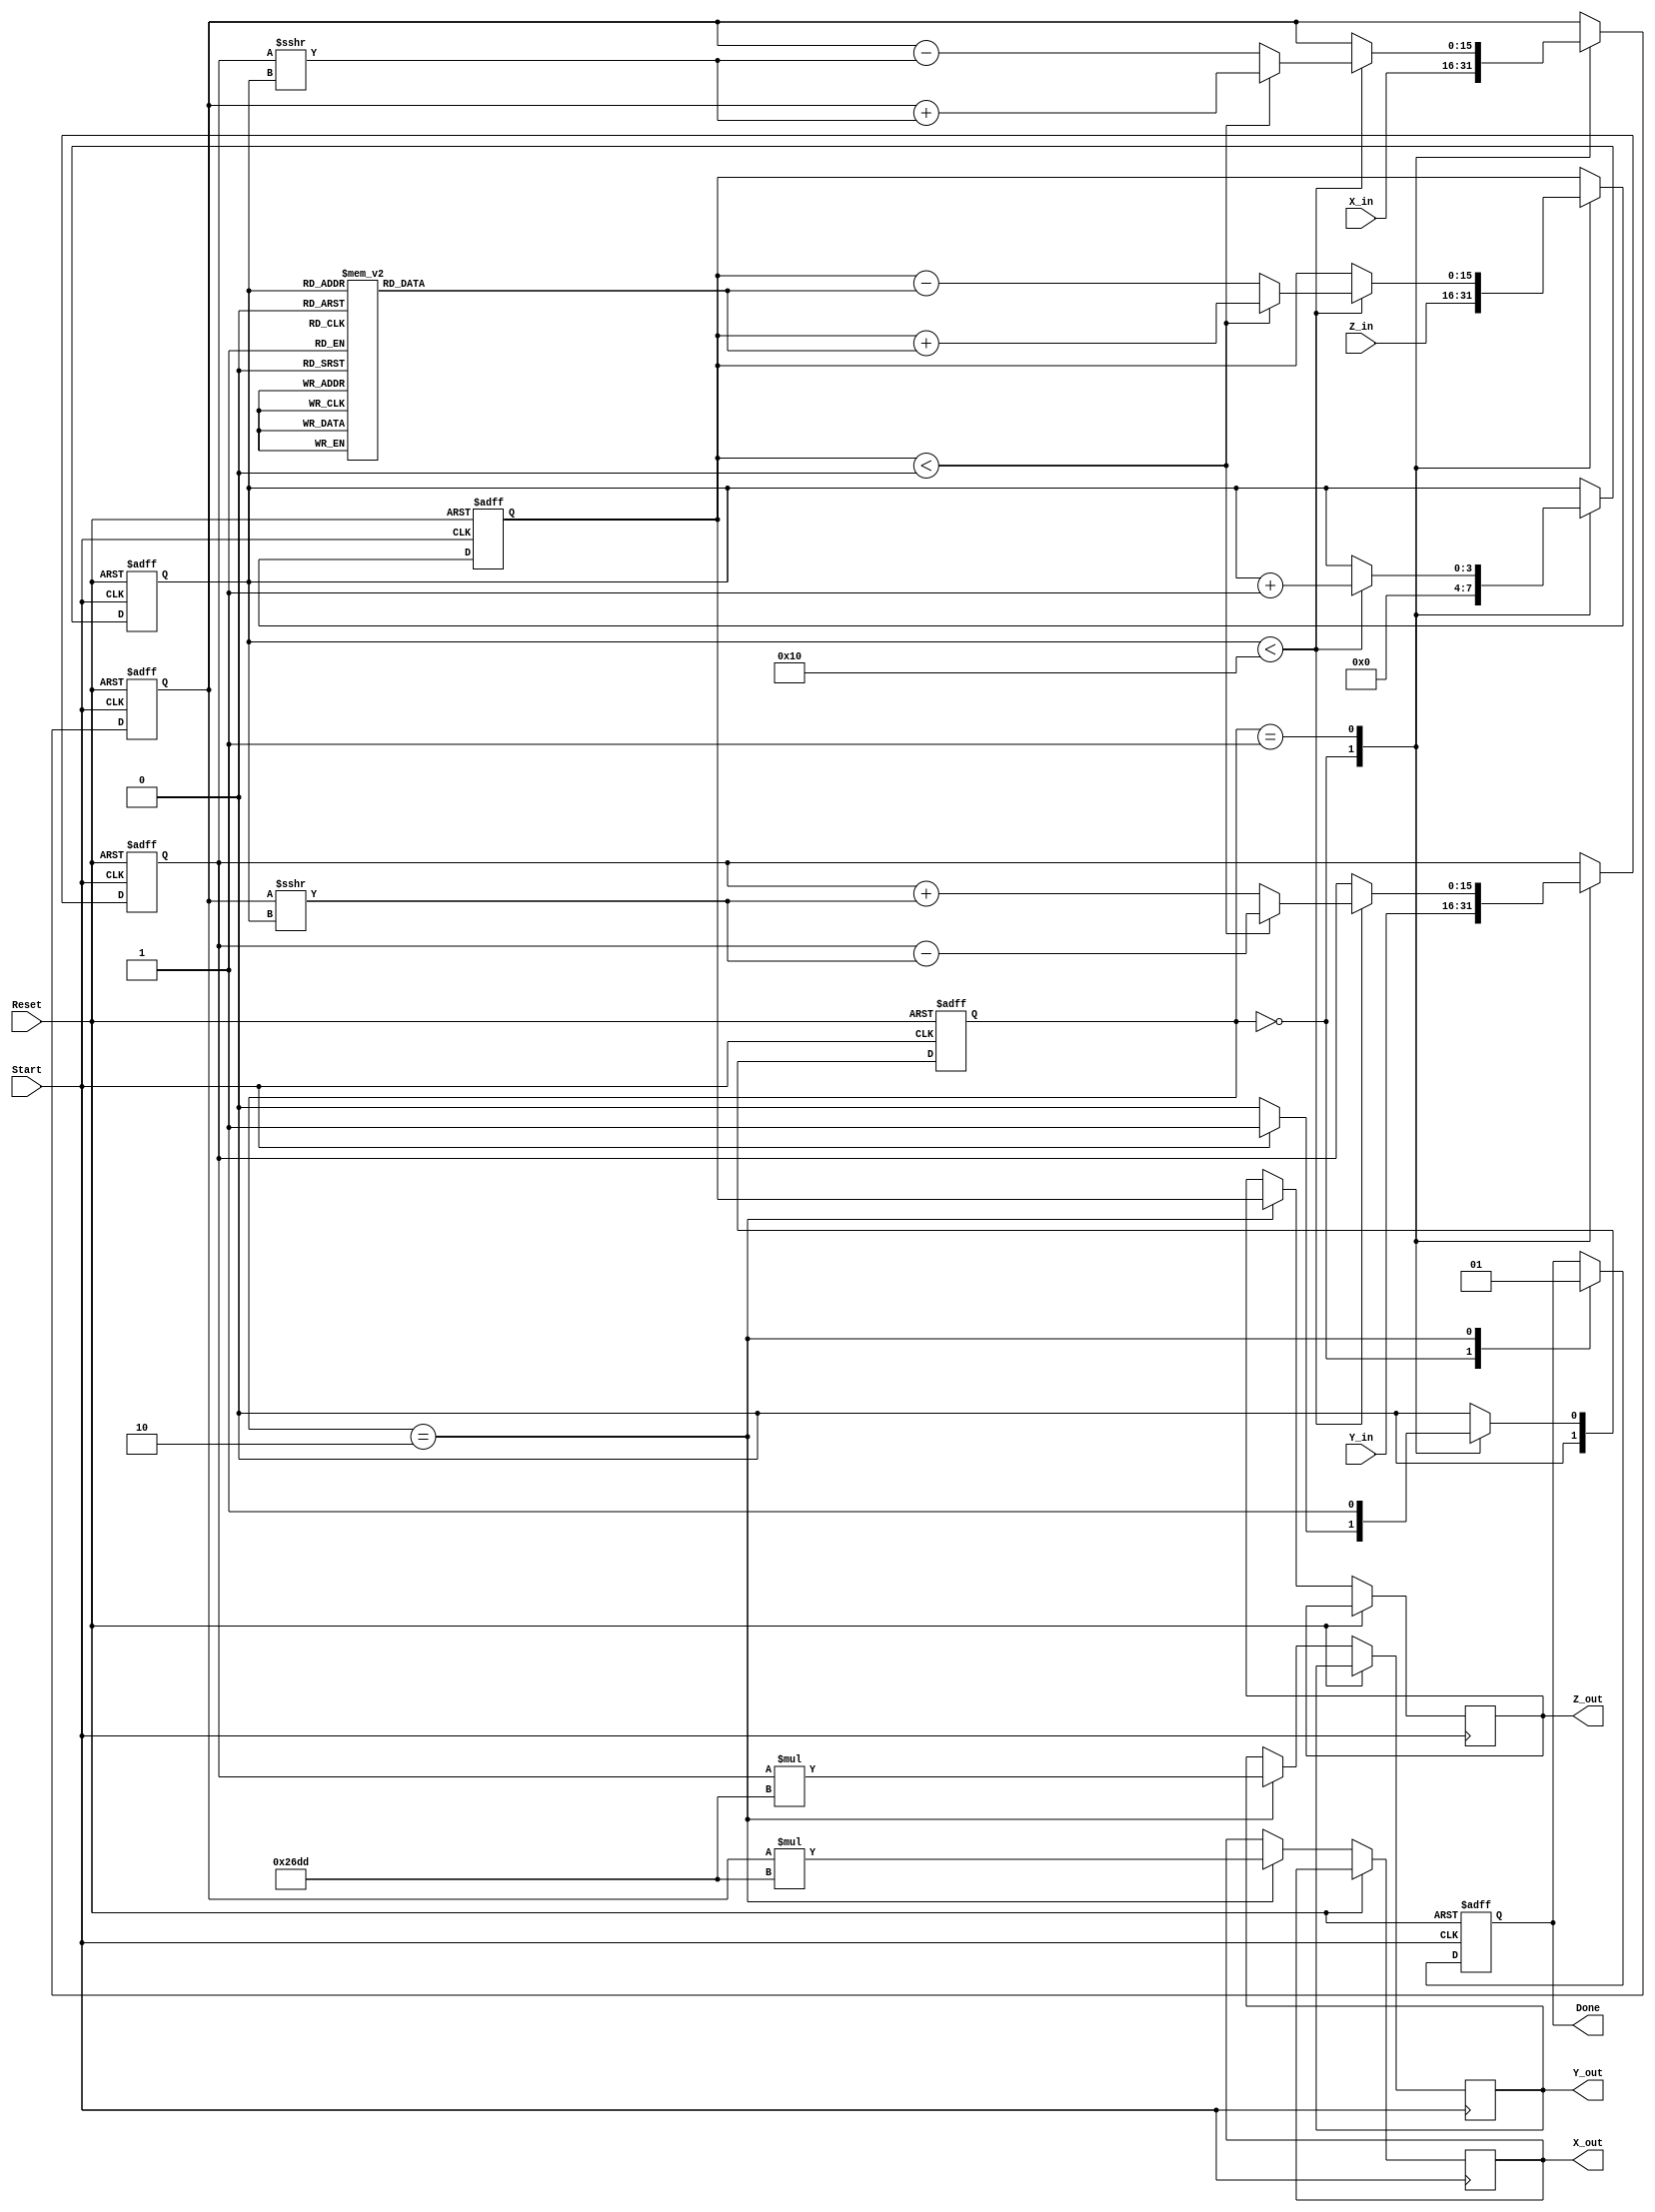
module cordic_2d (
    input wire signed [15:0] X_in,   // Input x-coordinate
    input wire signed [15:0] Y_in,   // Input y-coordinate
    input wire signed [15:0] Z_in,   // Input angle
    input wire Start,                 // Start signal
    input wire Reset,                 // Asynchronous reset
    output reg signed [15:0] X_out,  // Output x-coordinate
    output reg signed [15:0] Y_out,  // Output y-coordinate
    output reg signed [15:0] Z_out,  // Remaining angle
    output reg Done                  // Completion signal
);
    
    // Parameters
    parameter MAX_ITER = 16; // Number of iterations
    parameter FIXED_POINT_SCALE = 16'h26DD; // Scaling factor (K = 0.6072 approx)

    // Internal Registers
    reg signed [15:0] X_reg, Y_reg, Z_reg;
    reg [3:0] Iteration_count; // 4 bits for counting iterations
    reg [1:0] state, next_state;

    // State Encoding
    localparam IDLE = 2'b00, COMPUTE = 2'b01, DONE = 2'b10;

    // CORDIC Lookup Table for arctan(2^-i) in fixed-point format
    reg signed [15:0] atan_table [0:15];
    initial begin
        atan_table[0] = 16'h26DD; // atan(1) = 45 degrees
        atan_table[1] = 16'h1DAC; // atan(0.5) = 26.565 degrees
        atan_table[2] = 16'h1B71; // atan(0.25) = 14.036 degrees
        atan_table[3] = 16'h1A3D; // atan(0.125) = 7.125 degrees
        // ... (fill in the rest of the table)
        atan_table[4] = 16'h189B; // atan(0.0625) = 3.125 degrees
        atan_table[5] = 16'h178D; // atan(0.03125) = 1.563 degrees
        // Continue filling for all 16 entries
        // ...
    end

    // State Machine
    always @(posedge Start or posedge Reset) begin
        if (Reset) begin
            state <= IDLE;
        end else begin
            state <= next_state;
        end
    end

    always @(*) begin
        case (state)
            IDLE: begin
                if (Start) begin
                    next_state = COMPUTE;
                end else begin
                    next_state = IDLE;
                end
            end
            COMPUTE: begin
                if (Iteration_count == MAX_ITER) begin
                    next_state = DONE;
                end else begin
                    next_state = COMPUTE;
                end
            end
            DONE: begin
                next_state = IDLE;
            end
            default: next_state = IDLE;
        endcase
    end

    // CORDIC Iteration Logic
    always @(posedge Start or posedge Reset) begin
        if (Reset) begin
            X_reg <= 0;
            Y_reg <= 0;
            Z_reg <= 0;
            Iteration_count <= 0;
            Done <= 0;
        end else begin
            case (state)
                IDLE: begin
                    X_reg <= X_in;
                    Y_reg <= Y_in;
                    Z_reg <= Z_in;
                    Iteration_count <= 0;
                    Done <= 0;
                end
                COMPUTE: begin
                    if (Iteration_count < MAX_ITER) begin
                        if (Z_reg < 0) begin
                            // Clockwise rotation
                            X_reg <= X_reg + (Y_reg >>> Iteration_count);
                            Y_reg <= Y_reg - (X_reg >>> Iteration_count);
                            Z_reg <= Z_reg + atan_table[Iteration_count];
                        end else begin
                            // Counter-clockwise rotation
                            X_reg <= X_reg - (Y_reg >>> Iteration_count);
                            Y_reg <= Y_reg + (X_reg >>> Iteration_count);
                            Z_reg <= Z_reg - atan_table[Iteration_count];
                        end
                        Iteration_count <= Iteration_count + 1;
                    end
                end
                DONE: begin
                    X_out <= X_reg * FIXED_POINT_SCALE; // Apply scaling
                    Y_out <= Y_reg * FIXED_POINT_SCALE; // Apply scaling
                    Z_out <= Z_reg;
                    Done <= 1;
                end
            endcase
        end
    end

endmodule